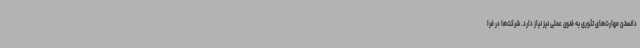
دانستن مهارت‌های تئوری به فنون عملی نیز نیاز دارد. شرکت‌ها در فرا